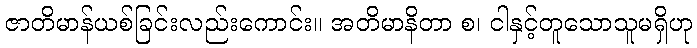
ဇာတိမာန်ယစ်ခြင်းလည်းကောင်း။ အတိမာနိတာ စ၊ ငါနှင့်တူသောသူမရှိဟု